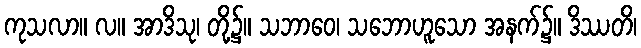
ကုသလာ။ လ။ အာဒိသု၊ တို့၌။ သဘာဝေ၊ သဘောဟူသော အနက်၌။ ဒိဿတိ၊